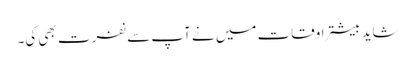
شاید بیشتر اوقات میں نے آپ سے نفرت بھی کی۔